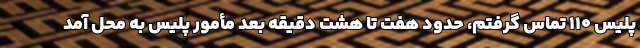
پلیس ۱۱۰ تماس گرفتم، حدود هفت تا هشت دقیقه بعد مأمور پلیس به محل آمد